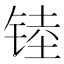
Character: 𲈁